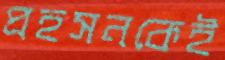
প্রহসনকেই